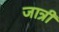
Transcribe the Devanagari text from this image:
जात्री